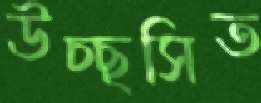
উচ্ছসিত